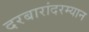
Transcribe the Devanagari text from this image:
दरबारांदरम्यान